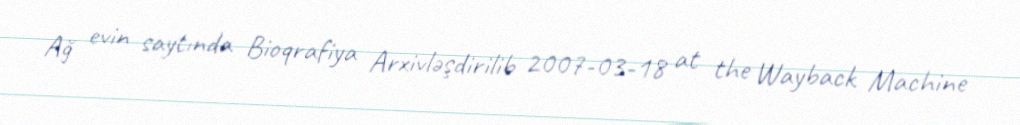
Ağ evin saytında Bioqrafiya Arxivləşdirilib 2007-03-18 at the Wayback Machine